Civil Veterinary Department. Madras. Admin. report 1926-33 - 1926-1933
Year: 1926
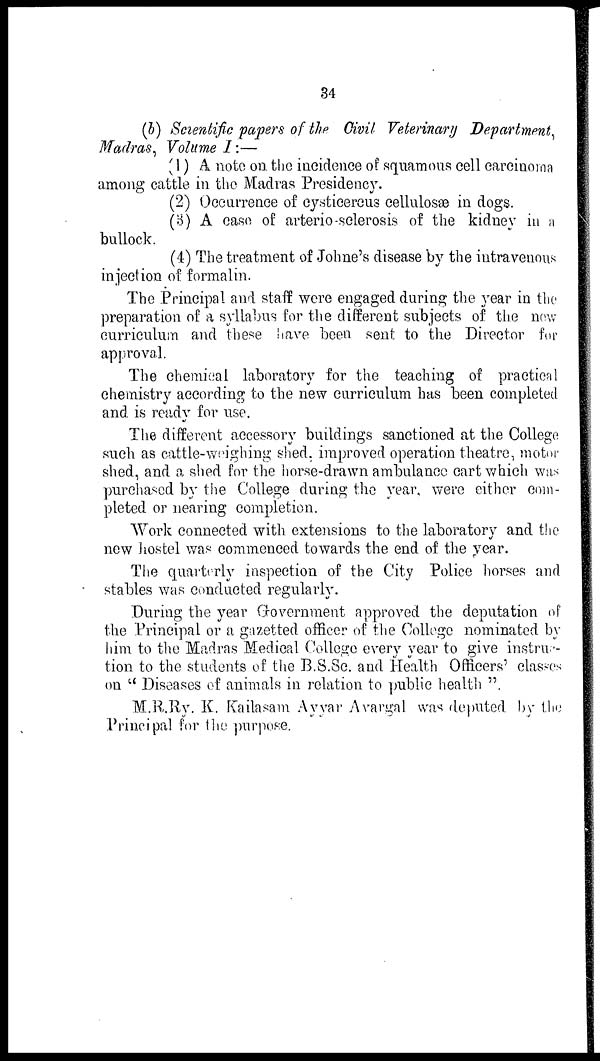
34
(b) Scientific papers of the Civil Veterinary Department,
Madras, Volume I:—
(1) A note on the incidence of squamous cell carcinoma
among cattle in the Madras Presidency.
(2) Occurrence of cysticercus cellulosæ in dogs.
(3) A case of arterio-sclerosis of the kidney in a
bullock.
(4) The treatment of Johne's disease by the intravenous
injection of formalin.
The Principal and staff were engaged during the year in the
preparation of a syllabus for the different subjects of the new
curriculum and these have been sent to the Director for
approval.
The chemical laboratory for the teaching of practical
chemistry according to the new curriculum has been completed
and is ready for use.
The different accessory buildings sanctioned at the College
such as cattle-weighing shed, improved operation theatre, motor
shed, and a shed for the horse-drawn ambulance cart which was
purchased by the College during the year, were either com-
pleted or nearing completion.
Work connected with extensions to the laboratory and the
new hostel was commenced towards the end of the year.
The quarterly inspection of the City Police horses and
stables was conducted regularly.
During the year Government approved the deputation of
the Principal or a gazetted officer of the College nominated by
him to the Madras Medical College every year to give instruc-
tion to the students of the B.S.Sc. and Health Officers' classes
on "Diseases of animals in relation to public health".
M.R.Ry. K. Kailasam Ayyar Avargal was deputed by the
Principal for the purpose.